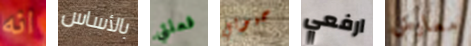
انه بالأساس فعلتي حبوبي ارفعي معارض